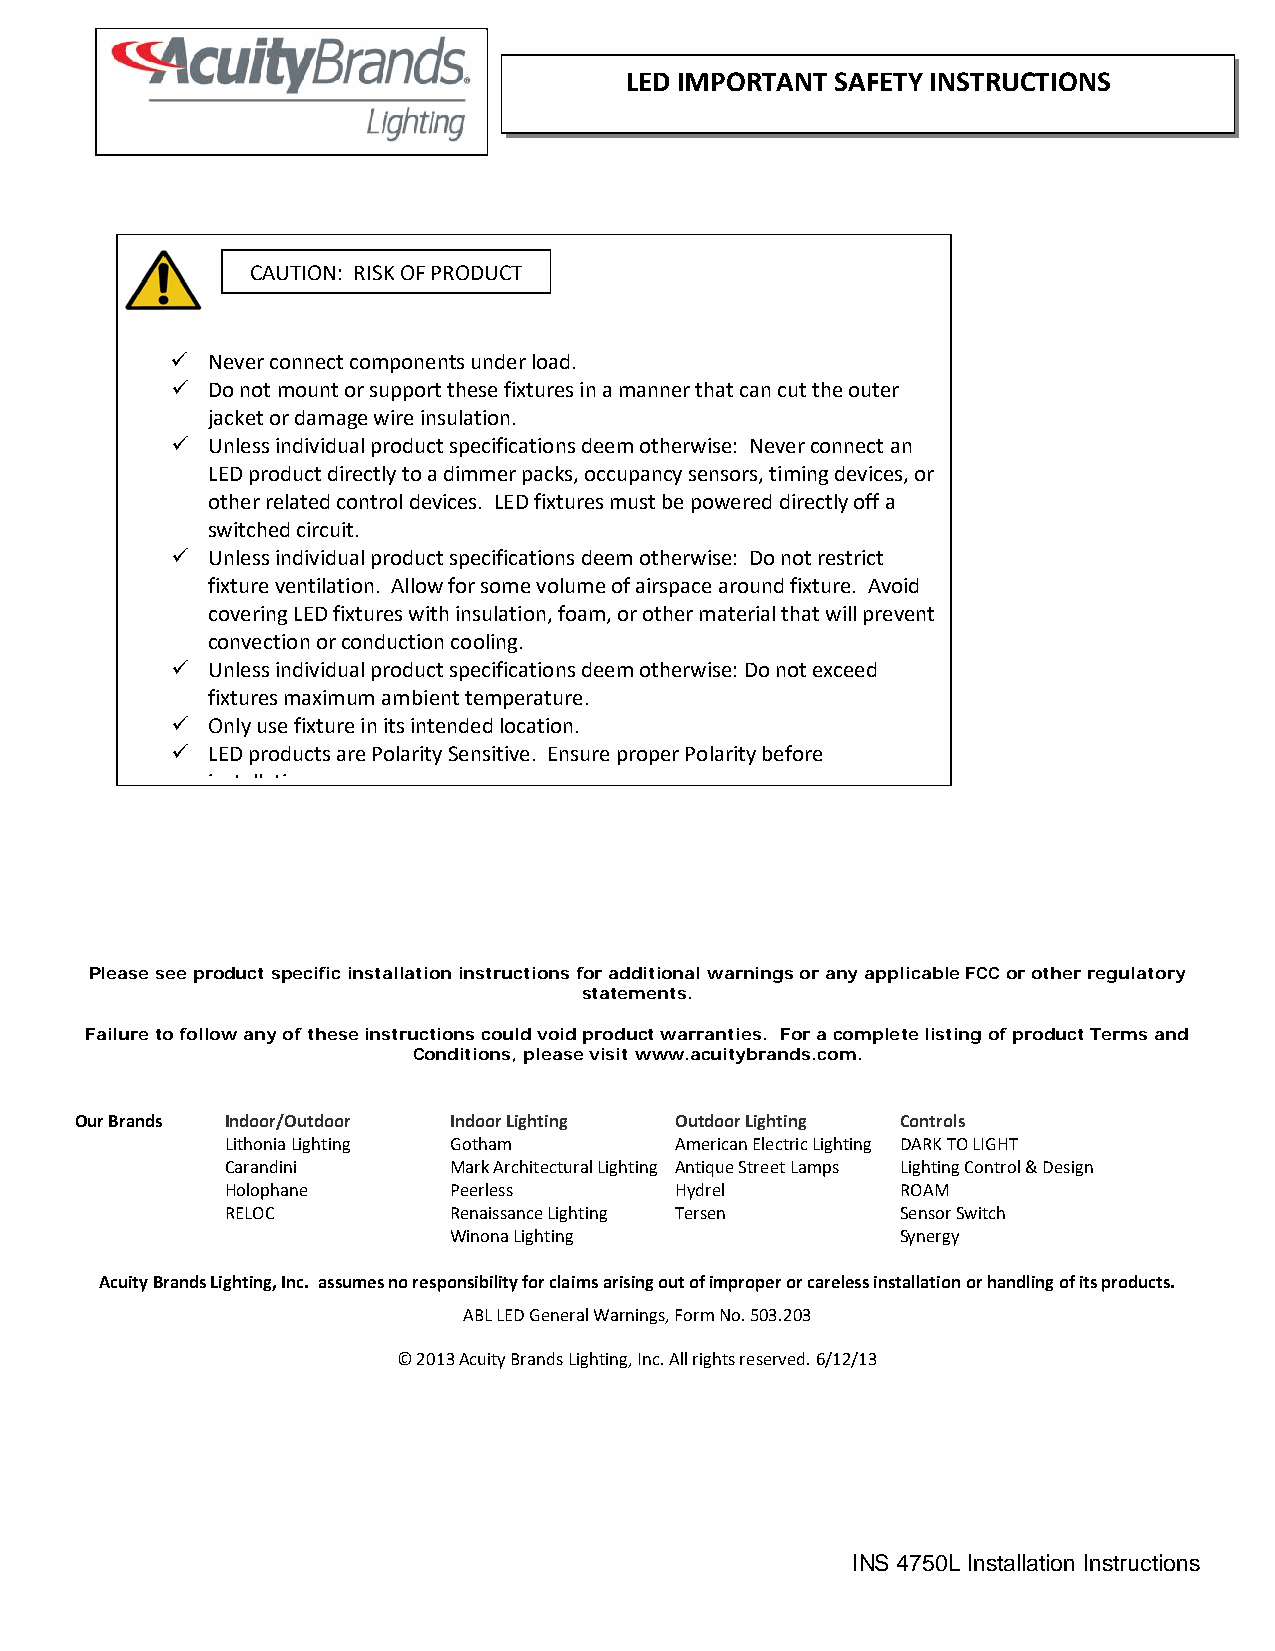
LED IMPORTANT SAFETY INSTRUCTIONS
 CAUTION: RISK OF PRODUCT
   Never connect components under load.
   Do not mount or support these fixtures in a manner that can cut the outer
 jacket or damage wire insulation.
   Unless individual product specifications deem otherwise: Never connect an
 LED product directly to a dimmer packs, occupancy sensors, timing devices, or
 other related control devices. LED fixtures must be powered directly off a
 switched circuit.
   Unless individual product specifications deem otherwise: Do not restrict
 fixture ventilation. Allow for some volume of airspace around fixture. Avoid
 covering LED fixtures with insulation, foam, or other material that will prevent
 convection or conduction cooling.
   Unless individual product specifications deem otherwise: Do not exceed
 fixtures maximum ambient temperature.
   Only use fixture in its intended location.
   LED products are Polarity Sensitive. Ensure proper Polarity before
 i t ll ti
 Please see product spec ific i nstal lation in structio ns fo r addi tion al w arnings or an y ap plicable FCC or other regulatory
 statements.
 Failure to fo llow any of th ese instruct ions could void produ ct warrantie s. Fo r a complete li sting of product Terms and
 Con ditions, please vis it www.acuitybrands.com.
 Our Bra nds Indoor/Outdoor Indoor Lighting Outdoor Lighting Controls
 Lithonia Lighting Gotham      American Electric Lighting DARK TO LIGHT
 Carandini      Mark Architectural Lighting Antique Street Lamps Lighting Control & Design
 Holophane      Peerless       Hydrel         ROAM
 RELOC          Renaissance Lighting Tersen   Sensor Switch
 Winona Lighting               Synergy
 Acuity Brands Lighting, Inc. assumes no responsibility for claims arising out of improper or careless installation or handling of its products.
 ABL LED General Warnings, Form No. 503.203
 © 2013 Acuity Brands Lighting, Inc. All rights reserved. 6/12/13
 INS 4750L Installation Instructions